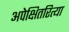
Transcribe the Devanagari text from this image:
अपेक्षितरित्या